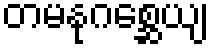
တမနုဂစ္ဆေယျ